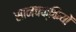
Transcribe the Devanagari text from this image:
सानचक्कियों